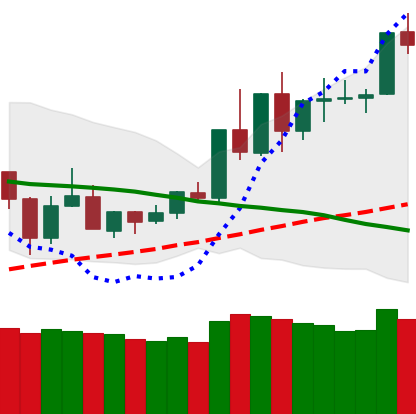
Ticker: TRX-USD
Chart end date: 2020-06-08
Forward return: -6.972%
Label: down_5_7